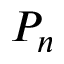
P _ { n }